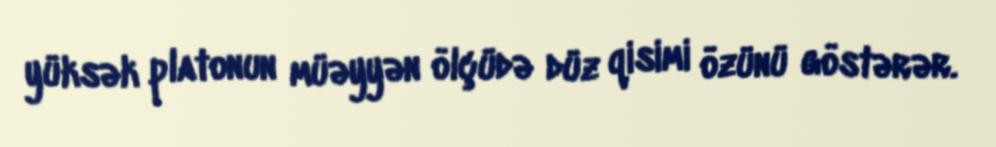
yüksək platonun müəyyən ölçüdə düz qisimi özünü göstərər.